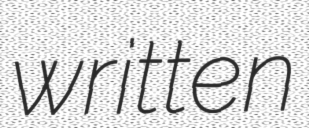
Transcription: written